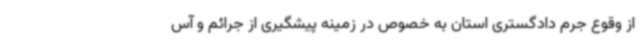
از وقوع جرم دادگستری استان به خصوص در زمینه پیشگیری از جرائم و آس